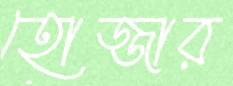
হোজ্জার